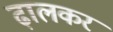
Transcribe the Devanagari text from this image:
ढ़ालकर